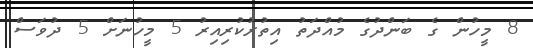
8 މީހުން ގެ ބަންދުގެ މުއްދަތު އިތުރުކުރިއިރު 5 މީހުނަށް 5 ދުވަސް